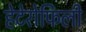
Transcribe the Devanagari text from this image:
हेटेरोफिली